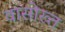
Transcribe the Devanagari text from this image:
वासोख़्त